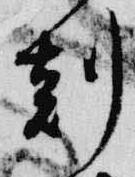
刻